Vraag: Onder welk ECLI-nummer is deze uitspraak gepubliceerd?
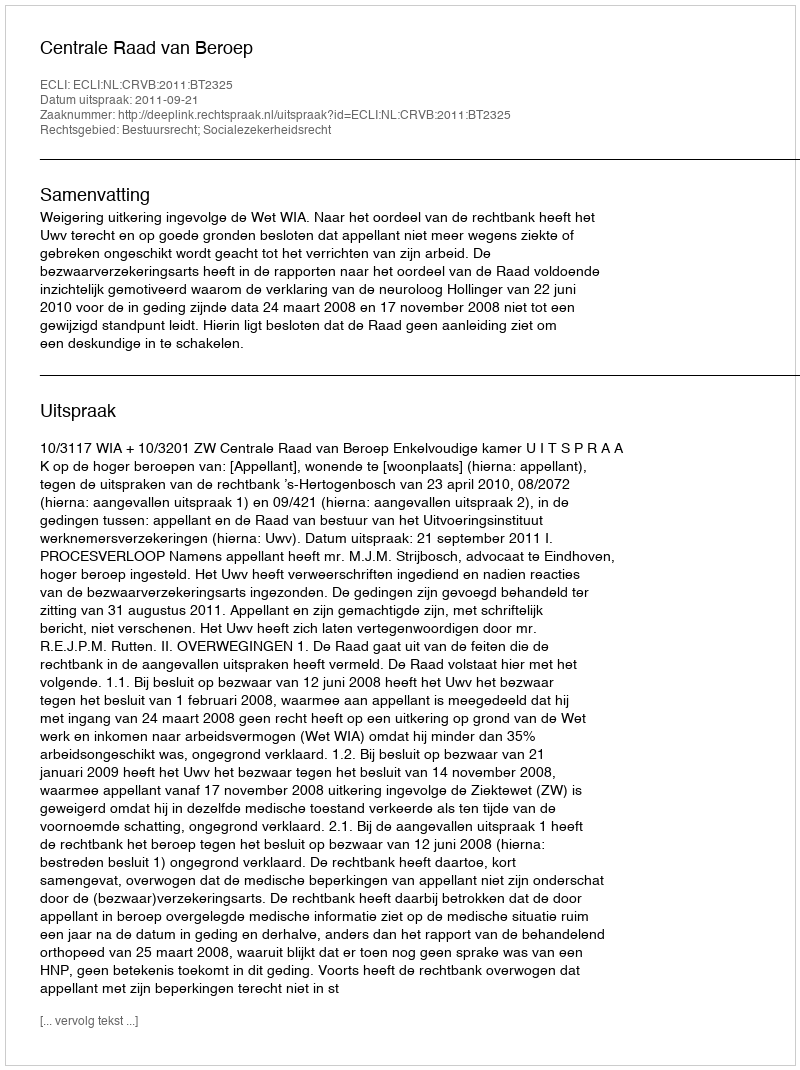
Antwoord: ECLI:NL:CRVB:2011:BT2325